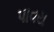
પાવય